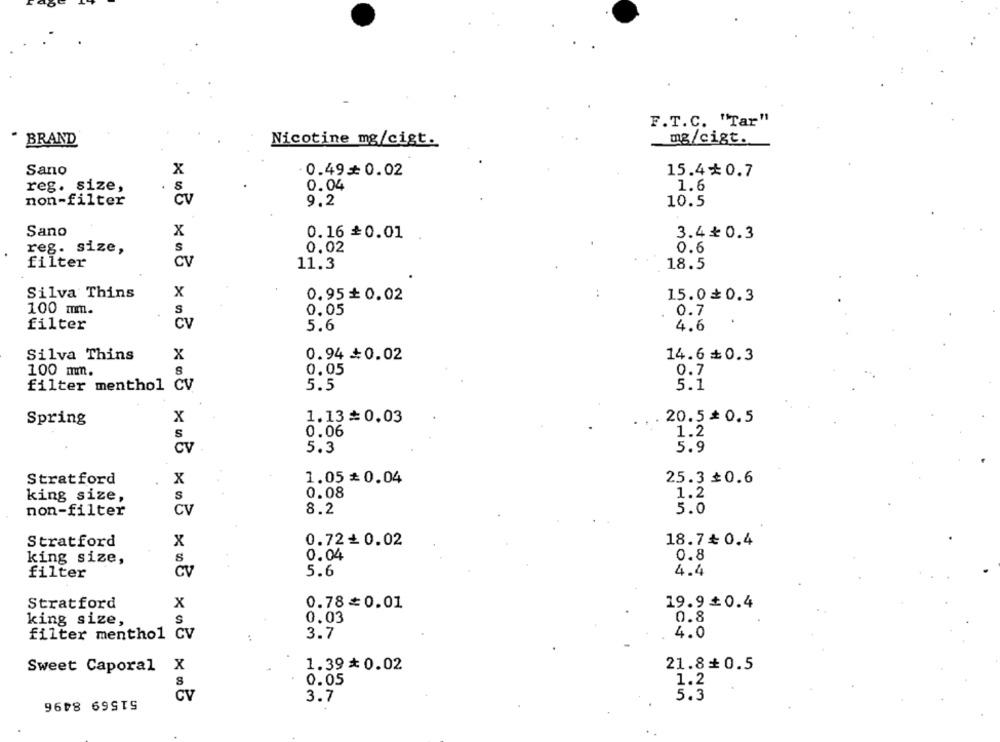
F.T.C. "Tar"
BRAND
Nicotine mg/cigt.
mg/cigt.
Sano
X
0.49 = 0.02
15.4₺ 0.7
reg. size,
0.04
1.6
non-filter
cv
9.2
10.5
Sano
X
0.16 =0.01
3.4₺ 0.3
reg. size,
s
0.02
0.6
filter
CV
11.3
18.5
Silva Thins
X
0.95+ 0.02
15.0+0.3
100 mm.
S
0.05
0.7
filter
CV
5.6
4.6
Silva Thins
X
0.94 +0.02
14.6+0.3
0.05
0.7
100 mm.
8
5.5
5.1
filter menthol CV
Spring
x
1.13≥0.03
20.5* 0.5
S
0.06
1.2
CV
5.3
5.9
Stratford
x
1.05 ₺ 0.04
25.3₺0.6
king size,
S
0.08
1.2
non-filter
CV
8.2
5.0
0.72+ 0.02
18.7₺0.4
Stratford
x
0.04
0.8
king size,
S
5.6
4.4
filter
CV
Stratford
X
0.78= 0.01
19.9+0.4
king size,
0.03
0.8
filter menthol CV
3.7
4.0
Sweet Caporal X
1.39* 0.02
21.8+0.5
0.05
1.2
CV
5.3
3.7
9608 699TS